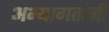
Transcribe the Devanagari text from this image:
अभ्यागतांनी